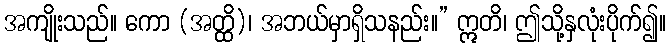
အကျိုးသည်။ ကော (အတ္ထိ)၊ အဘယ်မှာရှိသနည်း။” ဣတိ၊ ဤသို့နှလုံးပိုက်၍။